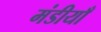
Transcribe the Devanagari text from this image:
मंडीयाँ